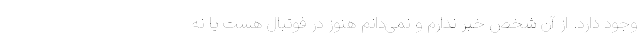
وجود دارد. از آن شخص خبر ندارم و نمی‌دانم هنوز در فوتبال هست یا نه